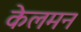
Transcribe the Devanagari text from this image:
केलमन